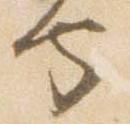
守